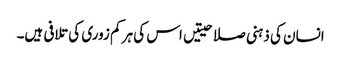
انسان کی ذہنی صلاحیتیں اس کی ہر کم زوری کی تلافی ہیں۔